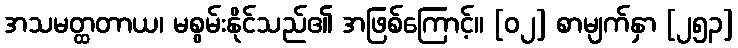
အသမတ္ထတာယ၊ မစွမ်းနိုင်သည်၏ အဖြစ်ကြောင့်။ [၀၂] စာမျက်နှာ [၂၅၃]